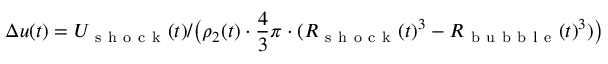
\Delta u ( t ) = U _ { \mathrm { ~ s ~ h ~ o ~ c ~ k ~ } } ( t ) / \big ( \rho _ { 2 } ( t ) \cdot \frac { 4 } { 3 } \pi \cdot ( R _ { \mathrm { ~ s ~ h ~ o ~ c ~ k ~ } } ( t ) ^ { 3 } - R _ { \mathrm { ~ b ~ u ~ b ~ b ~ l ~ e ~ } } ( t ) ^ { 3 } ) \big )